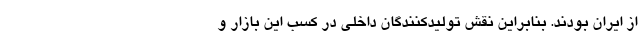
از ایران بودند. بنابراین نقش تولیدکنندگان داخلی در کسب این بازار و